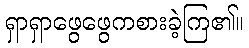
ရှာရှာဖွေဖွေကစားခဲ့ကြ၏။